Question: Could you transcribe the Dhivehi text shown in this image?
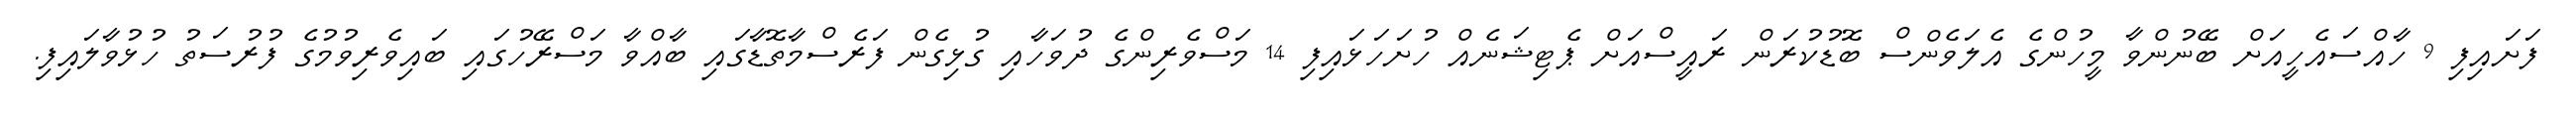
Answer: ފަށައިފި 9 ހާއްސައެހީއަށް ބޭނުންވާ މީހުންގެ އެލަވެންސް ބޮޑުކުރަން ރައީސްއަށް ޕެޓިޝަނެއް ހުށަހަޅައިފި 14 މަސްވެރިންގެ ދުވަހާއި ގުޅިގެން ފަރެސްމާތޮޑާގައި ބާއްވާ މަސްރޭހުގައި ބައިވެރިވުމުގެ ފުރުސަތު ހުޅުވާލައިފި.